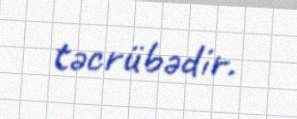
təcrübədir.